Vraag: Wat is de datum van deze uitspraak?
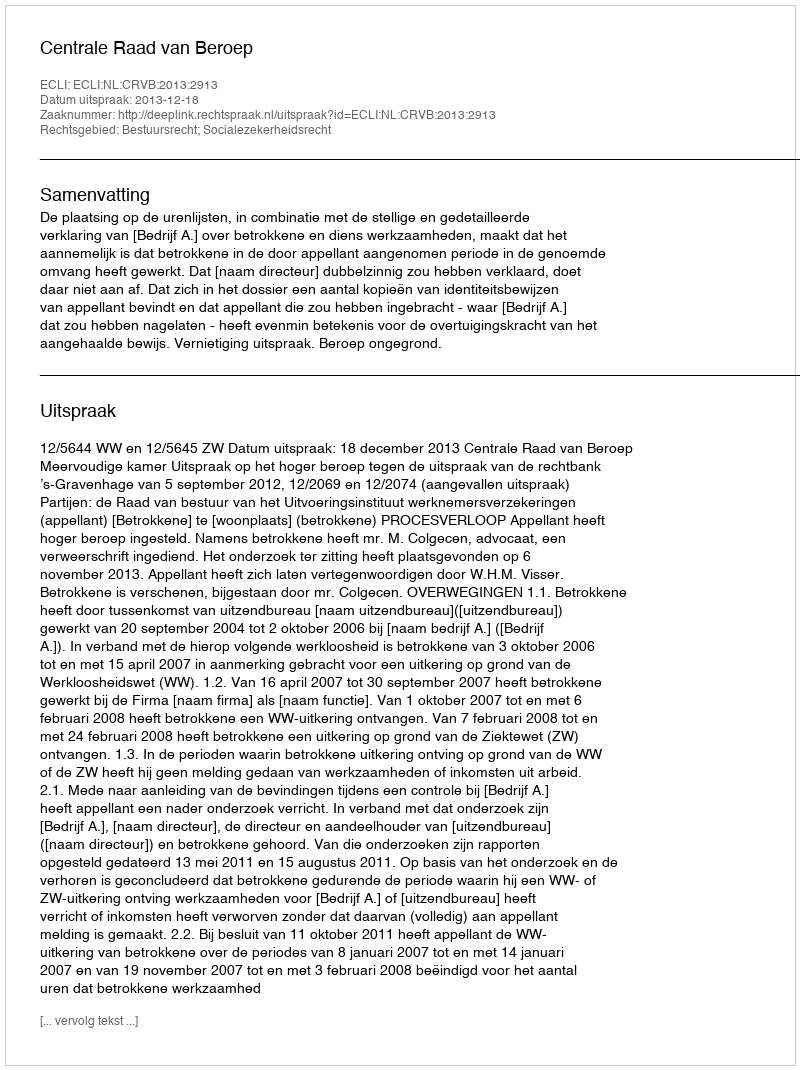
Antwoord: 2013-12-18